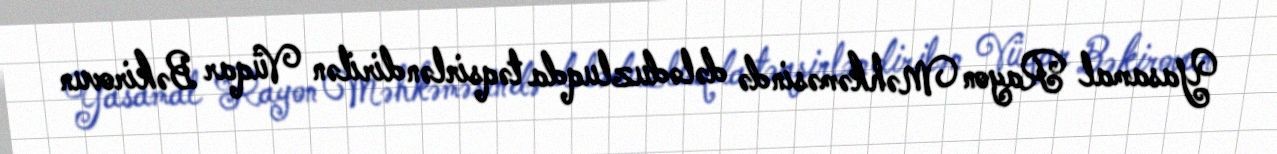
Yasamal Rayon Məhkəməsində dələduzluqda təqsirləndirilən Vüqar Bəkirovun